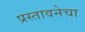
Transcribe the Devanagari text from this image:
प्रस्तावनेचा